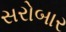
સરોબાર